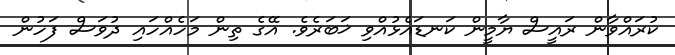
ކުރައްވާން ރައީސް ޔާމީން ކަނޑައެޅުއްވި ޚަބަރެވެ. އޭގެ ތިން މަހެއްހައި ދުވަސް ފަހުން